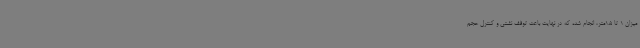
میزان 1 تا 1.5متر، انجام شده که در نهایت باعث توقف نشتی و کنترل حجم